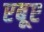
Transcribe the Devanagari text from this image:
एबूए